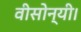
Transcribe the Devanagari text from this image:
वीसोन्यी।